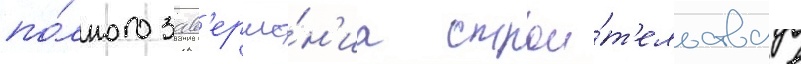
по́лного зав'ерше́н'иа строи́т'ельства в